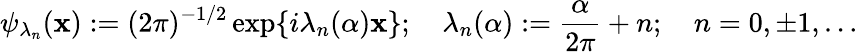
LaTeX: \psi_{\lambda_{n}}(\mathbf{x}):=(2\pi)^{-1/2}\exp\{ i\lambda_{n}(\alpha)\mathbf{x}\} ;~~~~\lambda_{n}(\alpha):=\frac{{\alpha}}{{2\pi}}+n;~~~~n=0,\pm1,\ldots